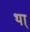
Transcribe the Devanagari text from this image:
था्